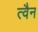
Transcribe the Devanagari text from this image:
त्वैन